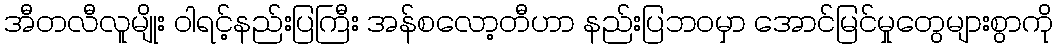
အီတလီလူမျိုး ဝါရင့်နည်းပြကြီး အန်စလော့တီဟာ နည်းပြဘဝမှာ အောင်မြင်မှုတွေများစွာကို